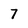
Character: 7